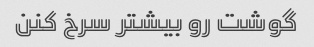
گوشت رو بیشتر سرخ کنن